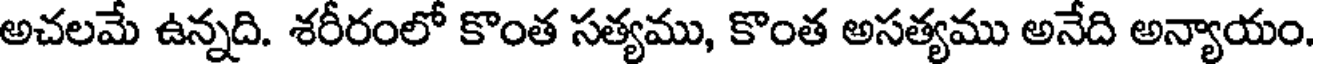
అచలమే ఉన్నది. శరీరంలో కొంత సత్యము, కొంత అసత్యము అనేది అన్యాయం